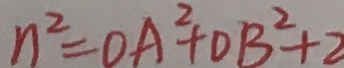
n ^ { 2 } = O A ^ { 2 } + D B ^ { 2 } + 2